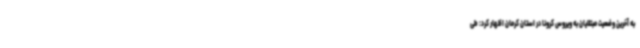
به آخرین وضعیت مبتلایان به ویروس کرونا در استان کرمان اظهار کرد: طی